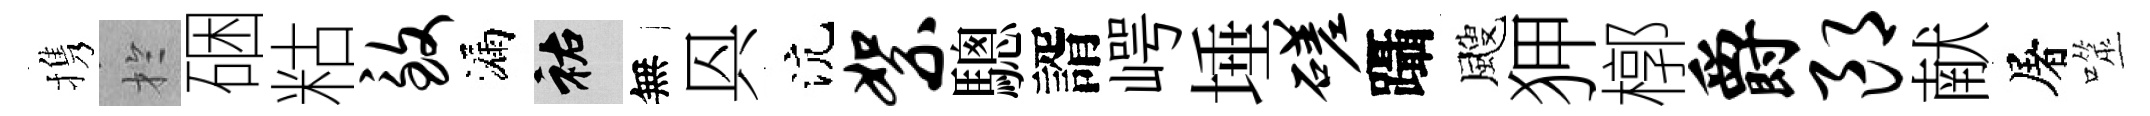
携扵硱䊀致漏祐無㒷沆絮驄諝崿埵磋躡颼狎槨爵郎献屠噬